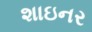
શાઇનર